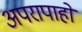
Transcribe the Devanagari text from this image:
अपरापाहो